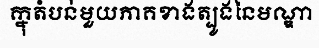
ក្នុតំបន់មួយភាគខាងត្បូងនៃមណ្ឌា